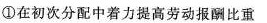
①在初次分配中着力提高劳动报酬比重